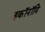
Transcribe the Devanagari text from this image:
इकॉनॉमि